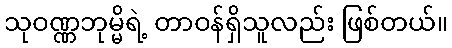
သုဝဏ္ဏဘုမ္မိရဲ့ တာဝန်ရှိသူလည်း ဖြစ်တယ်။